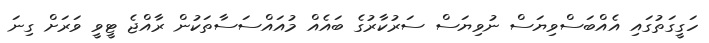
ހަގީގަތުގައި އެއްބަސްވިޔަސް ނުވިޔަސް ސަރުކާރުގެ ބައެއް މުއައްސަސާތަކުން ރާއްޖެ ޓީވީ ވަރަށް ގިނަ